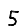
Digit: 5